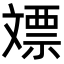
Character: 𣁡